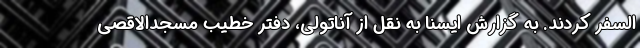
السفر کردند. به گزارش ایسنا به نقل از آناتولی، دفتر خطیب مسجدالاقصی